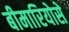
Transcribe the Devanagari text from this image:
बीमारियोसे